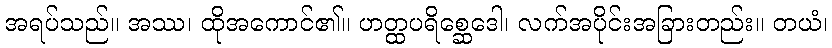
အရပ်သည်။ အဿ၊ ထိုအကောင်၏။ ဟတ္ထပရိစ္ဆေဒေါ၊ လက်အပိုင်းအခြားတည်း။ တယံ၊